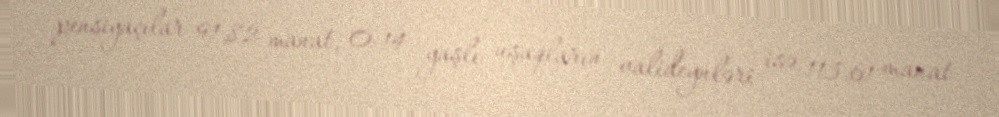
pensiyaçılar 91,82 manat, 0-14 yaşlı uşaqların valideynləri isə 113,61 manat